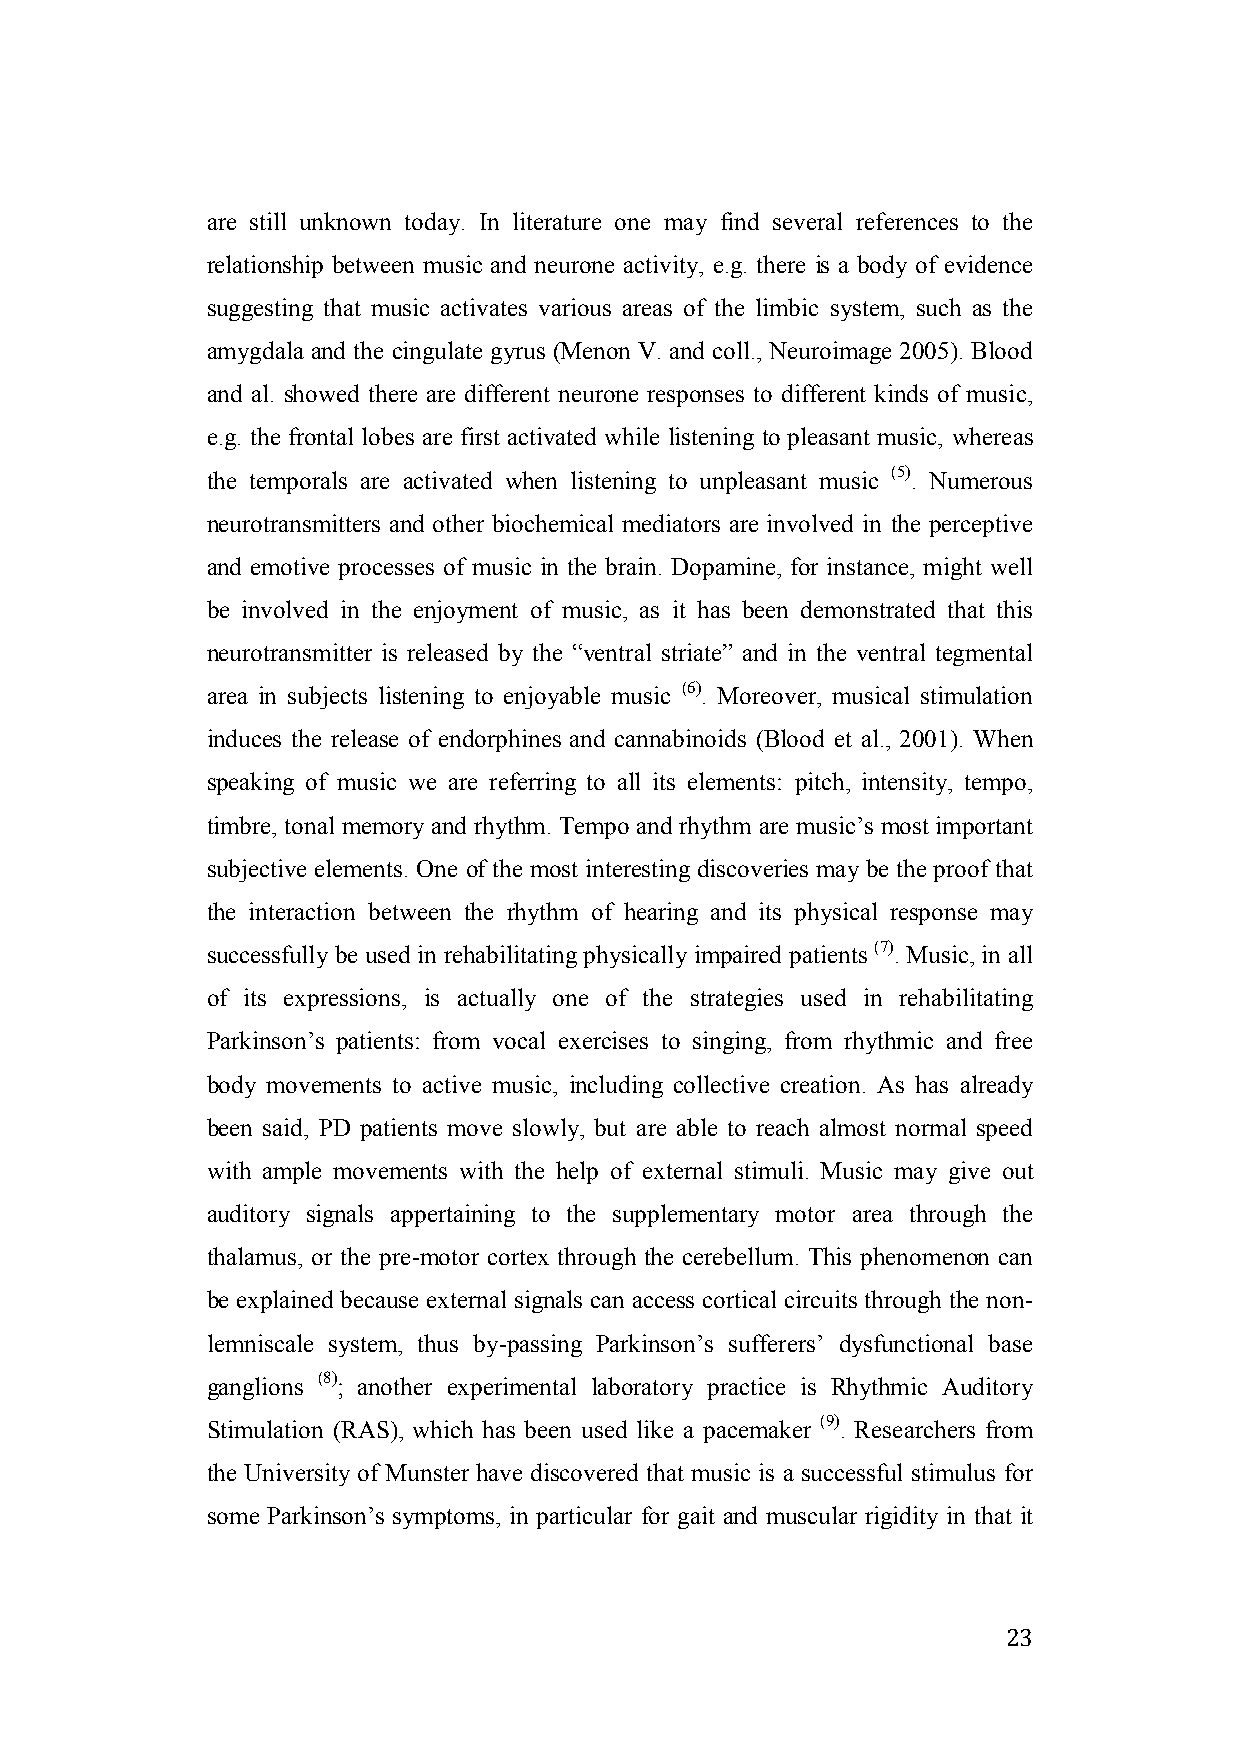
are still unknown today. In literature one may find several references to the
 relationship between music and neurone activity, e.g. there is a body of evidence
 suggesting that music activates various areas of the limbic system, such as the
 amygdala and the cingulate gyrus (Menon V. and coll., Neuroimage 2005). Blood
 and al. showed there are different neurone responses to different kinds of music,
 e.g. the frontal lobes are first activated while listening to pleasant music, whereas
 the temporals are activated when listening to unpleasant music (5). Numerous
 neurotransmitters and other biochemical mediators are involved in the perceptive
 and emotive processes of music in the brain. Dopamine, for instance, might well
 be involved in the enjoyment of music, as it has been demonstrated that this
 neurotransmitter is released by the “ventral striate” and in the ventral tegmental
 area in subjects listening to enjoyable music (6). Moreover, musical stimulation
 induces the release of endorphines and cannabinoids (Blood et al., 2001). When
 speaking of music we are referring to all its elements: pitch, intensity, tempo,
 timbre, tonal memory and rhythm. Tempo and rhythm are music’s most important
 subjective elements. One of the most interesting discoveries may be the proof that
 the interaction between the rhythm of hearing and its physical response may
 successfully be used in rehabilitating physically impaired patients (7). Music, in all
 of its expressions, is actually one of the strategies used in rehabilitating
 Parkinson’s patients: from vocal exercises to singing, from rhythmic and free
 body movements to active music, including collective creation. As has already
 been said, PD patients move slowly, but are able to reach almost normal speed
 with ample movements with the help of external stimuli. Music may give out
 auditory signals appertaining to the supplementary motor area through the
 thalamus, or the pre-motor cortex through the cerebellum. This phenomenon can
 be explained because external signals can access cortical circuits through the non-
 lemniscale system, thus by-passing Parkinson’s sufferers’ dysfunctional base
 ganglions (8); another experimental laboratory practice is Rhythmic Auditory
 Stimulation (RAS), which has been used like a pacemaker (9). Researchers from
 the University of Munster have discovered that music is a successful stimulus for
 some Parkinson’s symptoms, in particular for gait and muscular rigidity in that it
 23